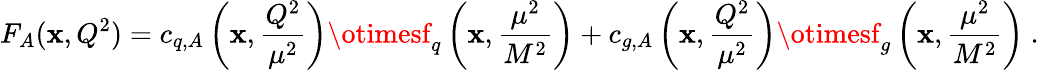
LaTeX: F_{A}(\mathbf{x},Q^{2})=c_{q,A}\left(\mathbf{x},\frac{{Q^{2}}}{{\mu^{2}}}\right)\otimesf_{q}\left(\mathbf{x},\frac{{\mu^{2}}}{{M^{2}}}\right)+c_{g,A}\left(\mathbf{x},\frac{{Q^{2}}}{{\mu^{2}}}\right)\otimesf_{g}\left(\mathbf{x},\frac{{\mu^{2}}}{{M^{2}}}\right)~.